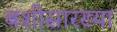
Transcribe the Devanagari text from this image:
बशीसारख्या